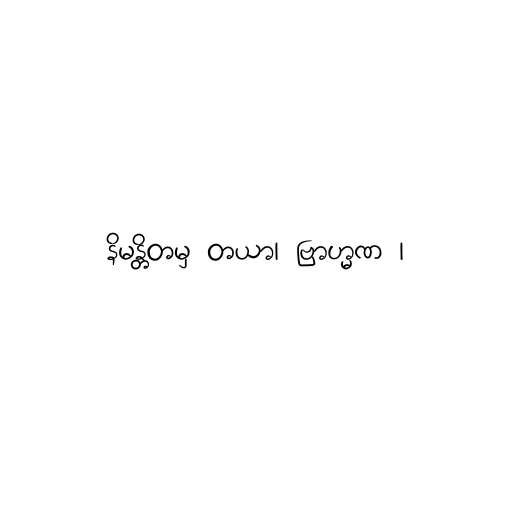
နိမန္တိတမှ တယာ၊ ဗြာဟ္မဏ ၊